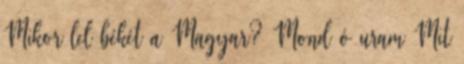
Mikor lel békét a Magyar? Mond ó uram Mit